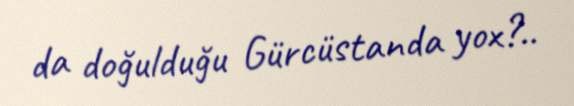
da doğulduğu Gürcüstanda yox?..